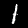
Label: 1